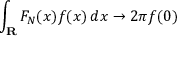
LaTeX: \int _ { \mathbf { R } } F _ { N } ( x ) f ( x ) \, d x \to 2 \pi f ( 0 )